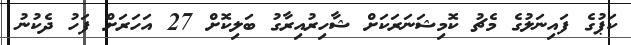
ކަޕުގެ ފައިނަލުގެ މެޗު ކޮމިޝަނަރަކަށް ޝާހިރުއިރާގު ބަލިކޮށް 27 އަހަރަށް ފަހު ދެކުނު